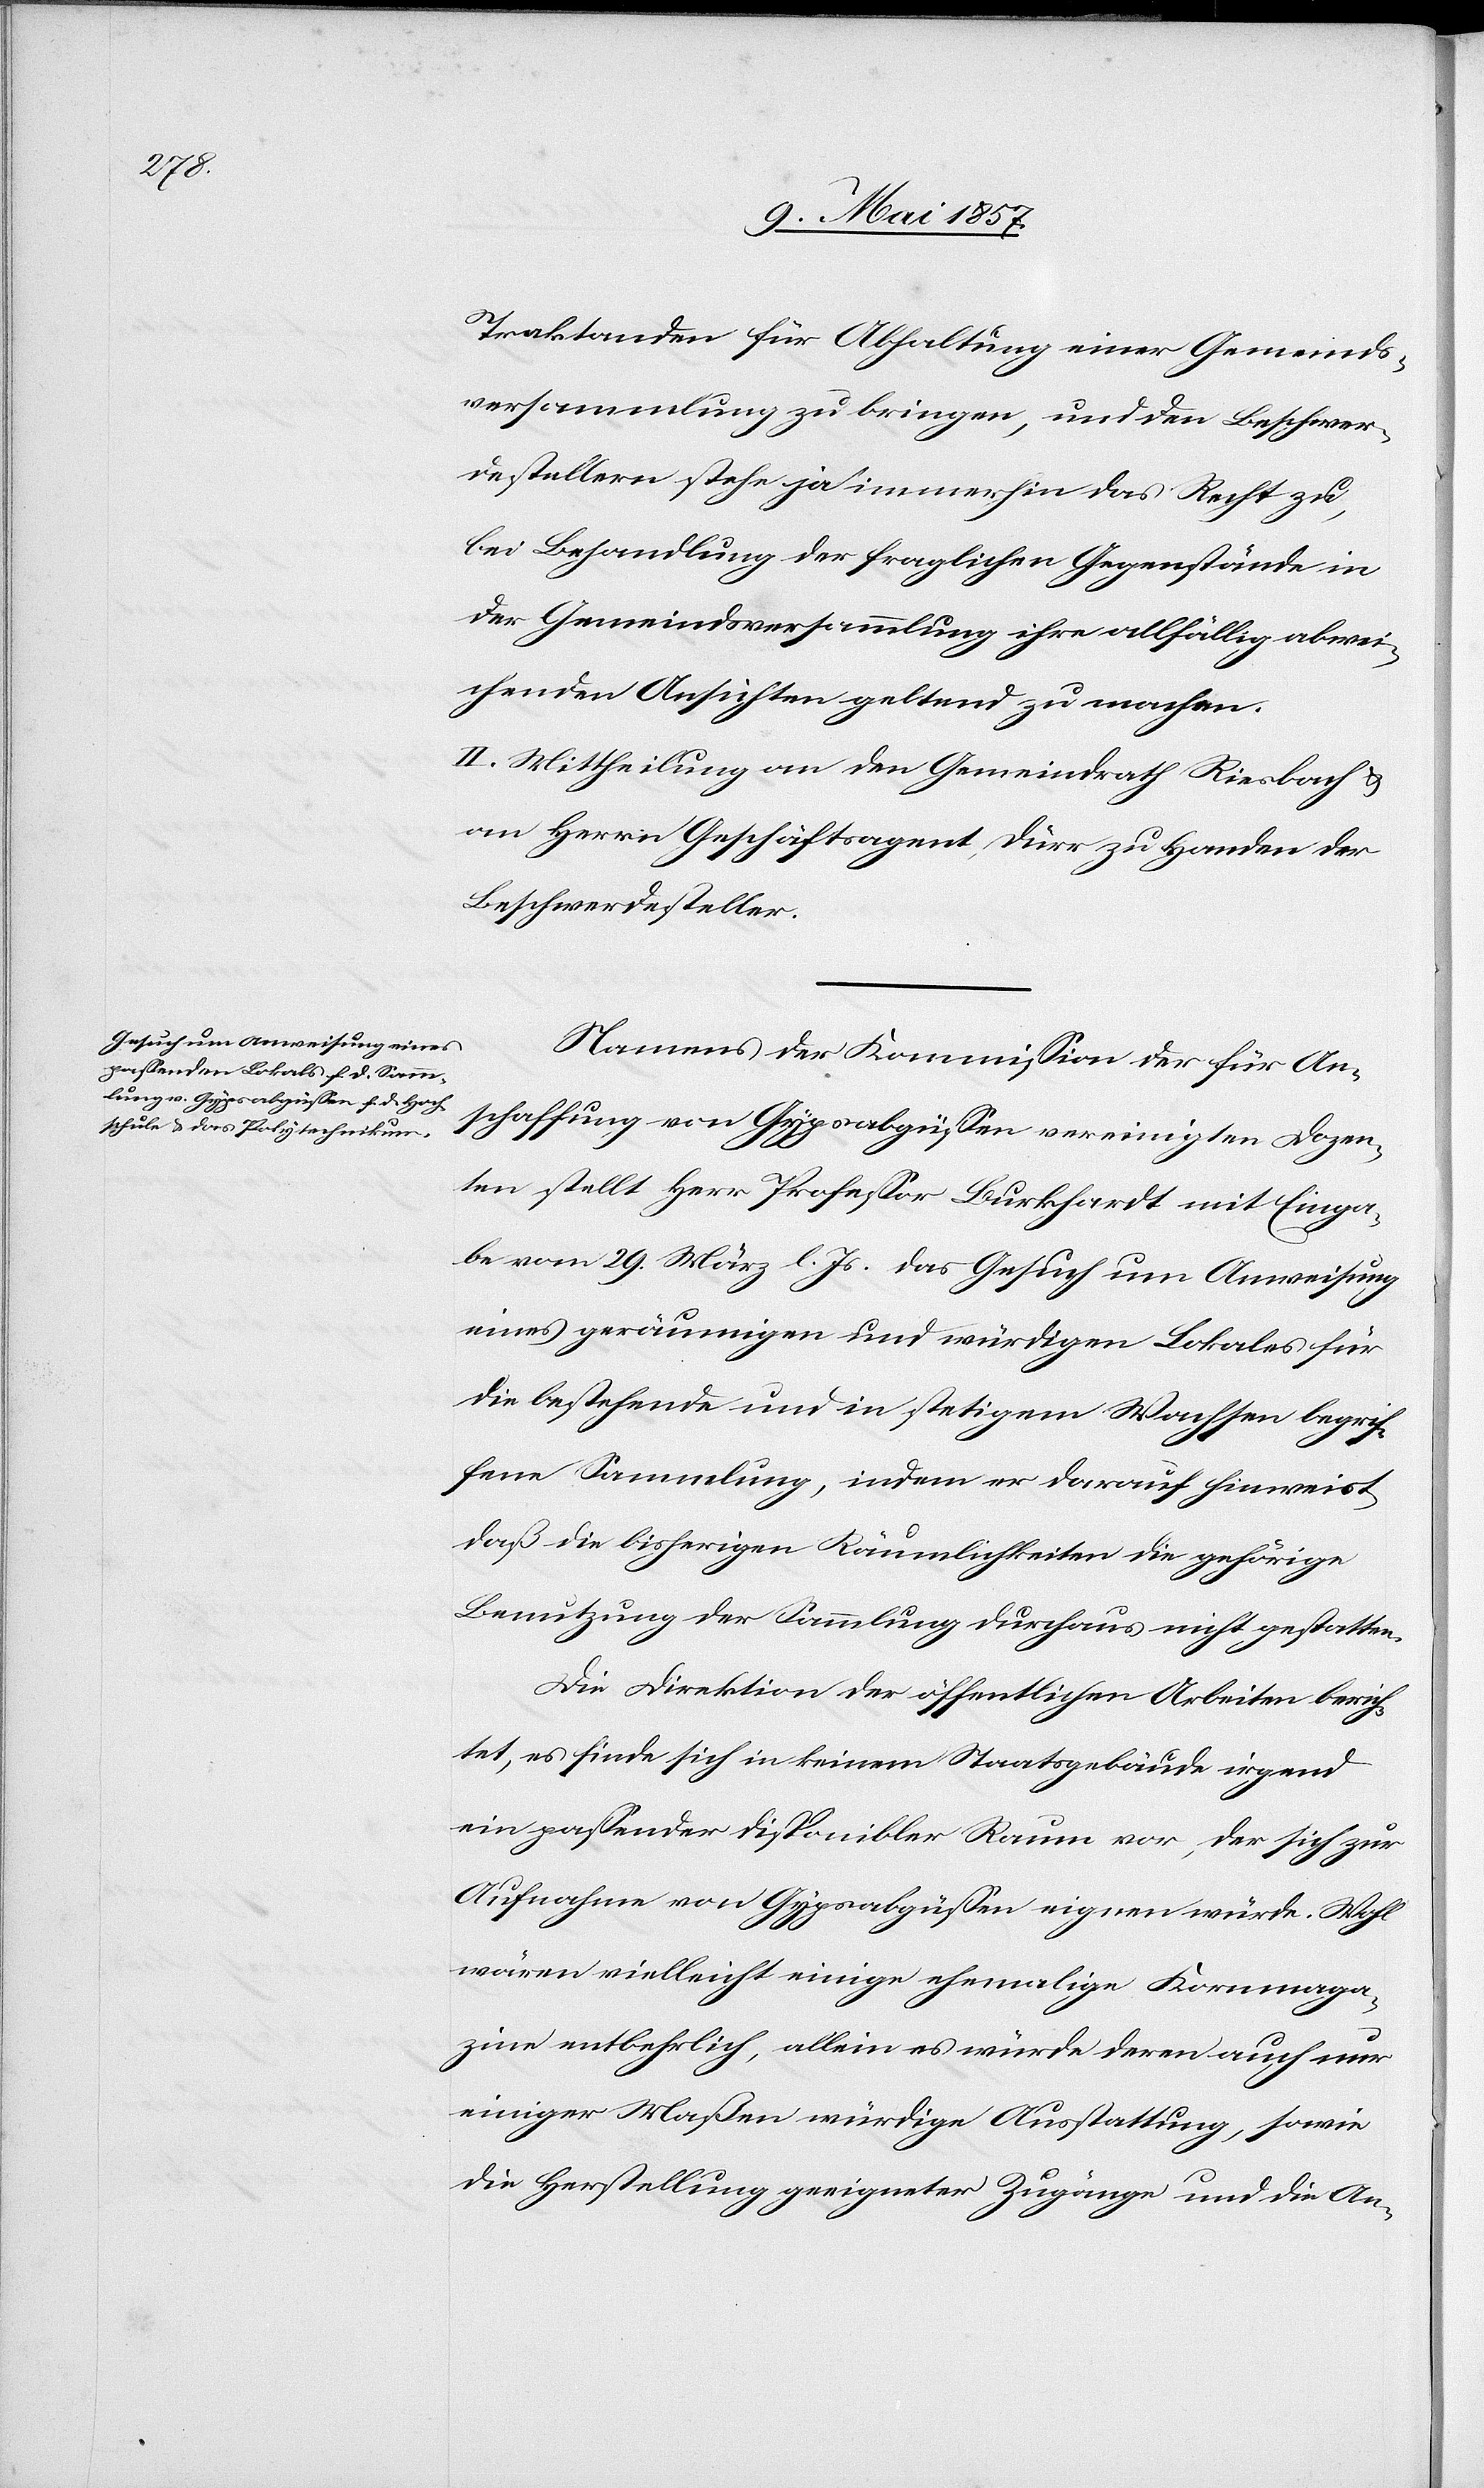
Traktanden für Abhaltung einer Gemeinds¬
versammlung zu bringen, und den Beschwer¬
destellern stehe ja immerhin das Recht zu,
bei Behandlung der fraglichen Gegenstände in
der Gemeindsversammlung ihre allfällig abwei¬
chenden Ansichten geltend zu machen.
II. Mittheilung an den Gemeindrath Riesbach u.
an Herrn Geschäftsagent Dürr zu Handen der
Beschwerdesteller.
Namens der Kommission der für An¬
schaffung von Gypsalgüssen vereinigten Dozen¬
ten stellt Herr Professor Burkhardt mit Einga¬
be vom 29 März l. Js. das Gesuch um Anweisung
eines geräumigen und würdigen Lokales für
die bestehende und in stetigem Wachsen begri¬
f¬
fene Sammlung, indem er darauf hinweist
daß die bisherigen Räumlichkeiten die gehörige
Benutzung der Sammlung durchaus nicht gestatten.
Die Direktion der öffentlichen Arbeiten berich¬
tet, es finde sich in keinem Staatsgebäude irgend
ein passender disponibler Raum vor, der sich zur
Aufnahme von Gyspalgüssen eignen würde. Wohl
wären vielleicht einige ehemalige Kornmaga¬
zine entbehrlich, allein es würde deren auch nur
einiger Maßen würdige Ausstellung, sowie
die Herstellung geeigneter Zugänge und die An-